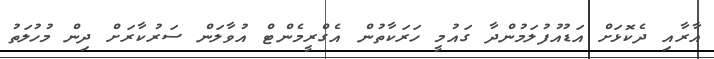
އާރާއި ދެކޮޅަށް އަޑުއުފުލަމުންދާ ގައުމީ ހަރަކާތުން އެގްރީމެންޓް އުވާލަން ސަރުކާރަށް ދިން މުހުލަތު